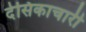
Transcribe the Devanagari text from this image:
देसिकाचारी